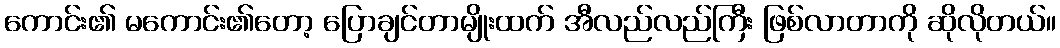
ကောင်း၏ မကောင်း၏တော့ ပြောချင်တာမျိုးထက် အီလည်လည်ကြီး ဖြစ်လာတာကို ဆိုလိုတယ်။